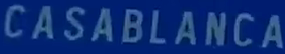
CASABLANCA